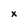
Character: x